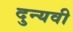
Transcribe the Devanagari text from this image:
दुन्यवी